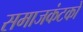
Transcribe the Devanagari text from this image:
समाजकंटकों